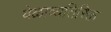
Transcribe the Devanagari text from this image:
वेळाव्यतिरिक्त